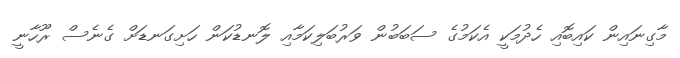
މާގިނައިން ކައިބޮއި ހެދުމަކީ އެކަމުގެ ސަބަބުން ވަރުބަލިކަމާއި ލޮނޑުކަން ހަށިގަނޑަށް ގެނެސް ރޫހާނީ